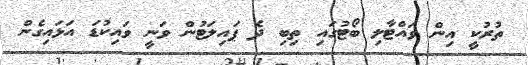
ތުރުކީ އިން ވައްޓާލި ބޯޓުގައި ތިބި ދެ ޕައިލަޓުން ވަނީ ވައިކުޑަ އަޅައިގެން